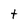
Character: t